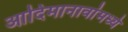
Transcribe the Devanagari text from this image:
आदिमानावांमध्ये